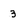
Character: 3